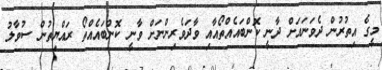
މީގެ އިތުރުން ދެވަނައަށް ދާނީ ކޮންބައެއްތޯއާއި ވާދަވެރިންނަށް ވާނީ ކޮންބައެއްތޯ ރައްޔިތުން ސުވާލު